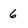
Character: 6